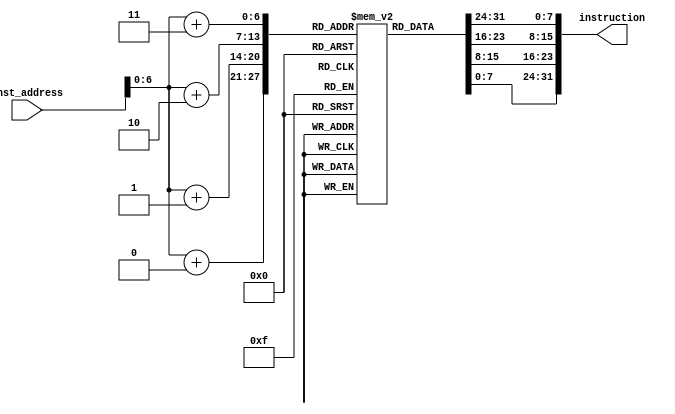
module instruc_mem(
    input [7:0] inst_address,                                         
    output reg [31:0] instruction
);                                                  
                                                                                     
    reg [7:0] inst_mem[120:0]; // inst_mem size = 88 bytes to accommodate 22 instructions
                                                                                     
    initial begin   
                                                                             
            {inst_mem[3], inst_mem[2], inst_mem[1], inst_mem[0]} = 32'h00a00093;  // 1    
            {inst_mem[7], inst_mem[6], inst_mem[5], inst_mem[4]} = 32'h01400113;  // 2    
          {inst_mem[11], inst_mem[10], inst_mem[9], inst_mem[8]} = 32'h01e00193; // 3    
        {inst_mem[15], inst_mem[14], inst_mem[13], inst_mem[12]} = 32'h02800213; // 4    
        {inst_mem[19], inst_mem[18], inst_mem[17], inst_mem[16]} = 32'h03200293; // 5	   
        {inst_mem[23], inst_mem[22], inst_mem[21], inst_mem[20]} = 32'h00208333; // 6    
        {inst_mem[27], inst_mem[26], inst_mem[25], inst_mem[24]} = 32'h403203b3; // 7    
        {inst_mem[31], inst_mem[30], inst_mem[29], inst_mem[28]} = 32'h0020f433; // 8    
        {inst_mem[35], inst_mem[34], inst_mem[33], inst_mem[32]} = 32'h0020e4b3; // 9    
        {inst_mem[39], inst_mem[38], inst_mem[37], inst_mem[36]} = 32'h0030c533; // 10	  
        {inst_mem[43], inst_mem[42], inst_mem[41], inst_mem[40]} = 32'h000095b3; // 11   
        {inst_mem[47], inst_mem[46], inst_mem[45], inst_mem[44]} = 32'h0011d633; // 12   
        {inst_mem[51], inst_mem[50], inst_mem[49], inst_mem[48]} = 32'h0020a6b3; // 13   
        {inst_mem[55], inst_mem[54], inst_mem[53], inst_mem[52]} = 32'h00f1a713; // 14   
        {inst_mem[59], inst_mem[58], inst_mem[57], inst_mem[56]} = 32'h022087b3; // 15   
        {inst_mem[63], inst_mem[62], inst_mem[61], inst_mem[60]} = 32'h02209833; // 16   
        {inst_mem[67], inst_mem[66], inst_mem[65], inst_mem[64]} = 32'h0230b8b3; // 17   
        {inst_mem[71], inst_mem[70], inst_mem[69], inst_mem[68]} = 32'h02312933; // 18   
        {inst_mem[75], inst_mem[74], inst_mem[73], inst_mem[72]} = 32'h0211c9b3; // 19   
        {inst_mem[79], inst_mem[78], inst_mem[77], inst_mem[76]} = 32'h0211da33; // 20   
        {inst_mem[83], inst_mem[82], inst_mem[81], inst_mem[80]} = 32'h0211eab3; // 21   
        {inst_mem[87], inst_mem[86], inst_mem[85], inst_mem[84]} = 32'h0211fb33; // 22   
          {inst_mem[91], inst_mem[90], inst_mem[89], inst_mem[88]} = 32'h00f00b93;
         {inst_mem[95], inst_mem[94], inst_mem[93], inst_mem[92]} = 32'h00abfc13;
         {inst_mem[99], inst_mem[98], inst_mem[97], inst_mem[96]} = 32'h014bec93;
 {inst_mem[103], inst_mem[102], inst_mem[101], inst_mem[100]} = 32'h01ebcd13;
        {inst_mem[107], inst_mem[106], inst_mem[105], inst_mem[104]} = 32'h002b9d93;
        {inst_mem[111], inst_mem[110], inst_mem[109], inst_mem[108]} = 32'h001bde13;
        {inst_mem[115], inst_mem[114], inst_mem[113], inst_mem[112]} = 32'h014bae93;
                                                      
             
             
    
    
    
    end                                                                              
     
                                                                                
    always @ (inst_address) begin                                                  
        instruction[7:0] = inst_mem[inst_address + 0];                   
        instruction[15:8] = inst_mem[inst_address + 1];                  
        instruction[23:16] = inst_mem[inst_address + 2];                 
        instruction[31:24] = inst_mem[inst_address + 3];                 
    end                                                                              
endmodule